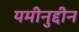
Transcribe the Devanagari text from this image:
यमीनुद्दीन